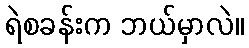
ရဲစခန်းက ဘယ်မှာလဲ။